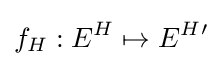
f_{H}:E^{H}\mapsto E^{H}{}'